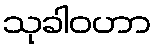
သုခါဝဟာ